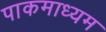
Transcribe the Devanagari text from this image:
पाकमाध्यम